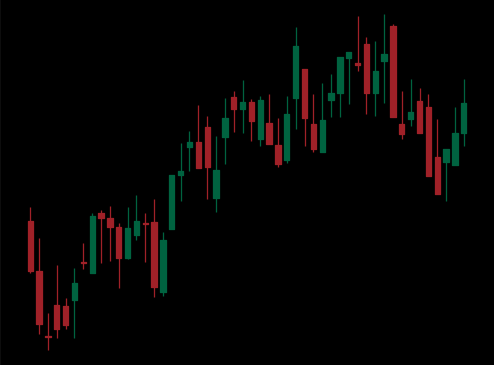
Pattern: bear_flag